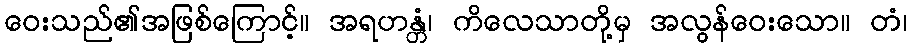
ဝေးသည်၏အဖြစ်ကြောင့်။ အရဟန္တံ၊ ကိလေသာတို့မှ အလွန်ဝေးသော။ တံ၊